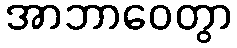
အာဘာဝေတွာ